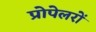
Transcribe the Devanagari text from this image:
प्रोपेलरों